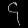
Digit: ၄